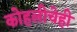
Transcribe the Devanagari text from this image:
कोहलीचेही